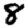
Digit: 8